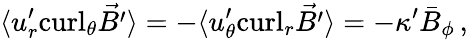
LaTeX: \langle{u}_{r}^{\prime}\mathrm{curl}_{\theta}\vec{B^{\prime}}\rangle=-\langle{u}_{\theta}^{\prime}\mathrm{curl}_{r}\vec{B^{\prime}}\rangle=-\kappa^{\prime}{{\bar{B}}_{\phi}}\, ,